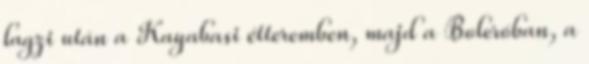
lagzi után a Kayabasi étteremben, majd a Boleróban, a